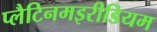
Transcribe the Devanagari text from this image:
प्लैटिनमइरीडियम